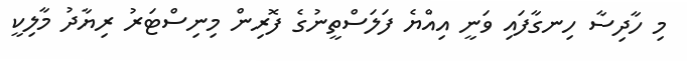
މި ހާދިސާ ހިނގާފައި ވަނީ އިއްޔެ ފަލަސްތީނުގެ ފޮރިން މިނިސްޓަރު ރިޔާދު މާލިކީ